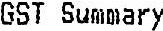
GST SUMMARY